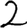
Digit: 2